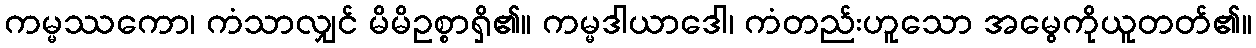
ကမ္မဿကော၊ ကံသာလျှင် မိမိဥစ္စာရှိ၏။ ကမ္မဒါယာဒေါ၊ ကံတည်းဟူသော အမွေကိုယူတတ်၏။